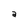
Character: a